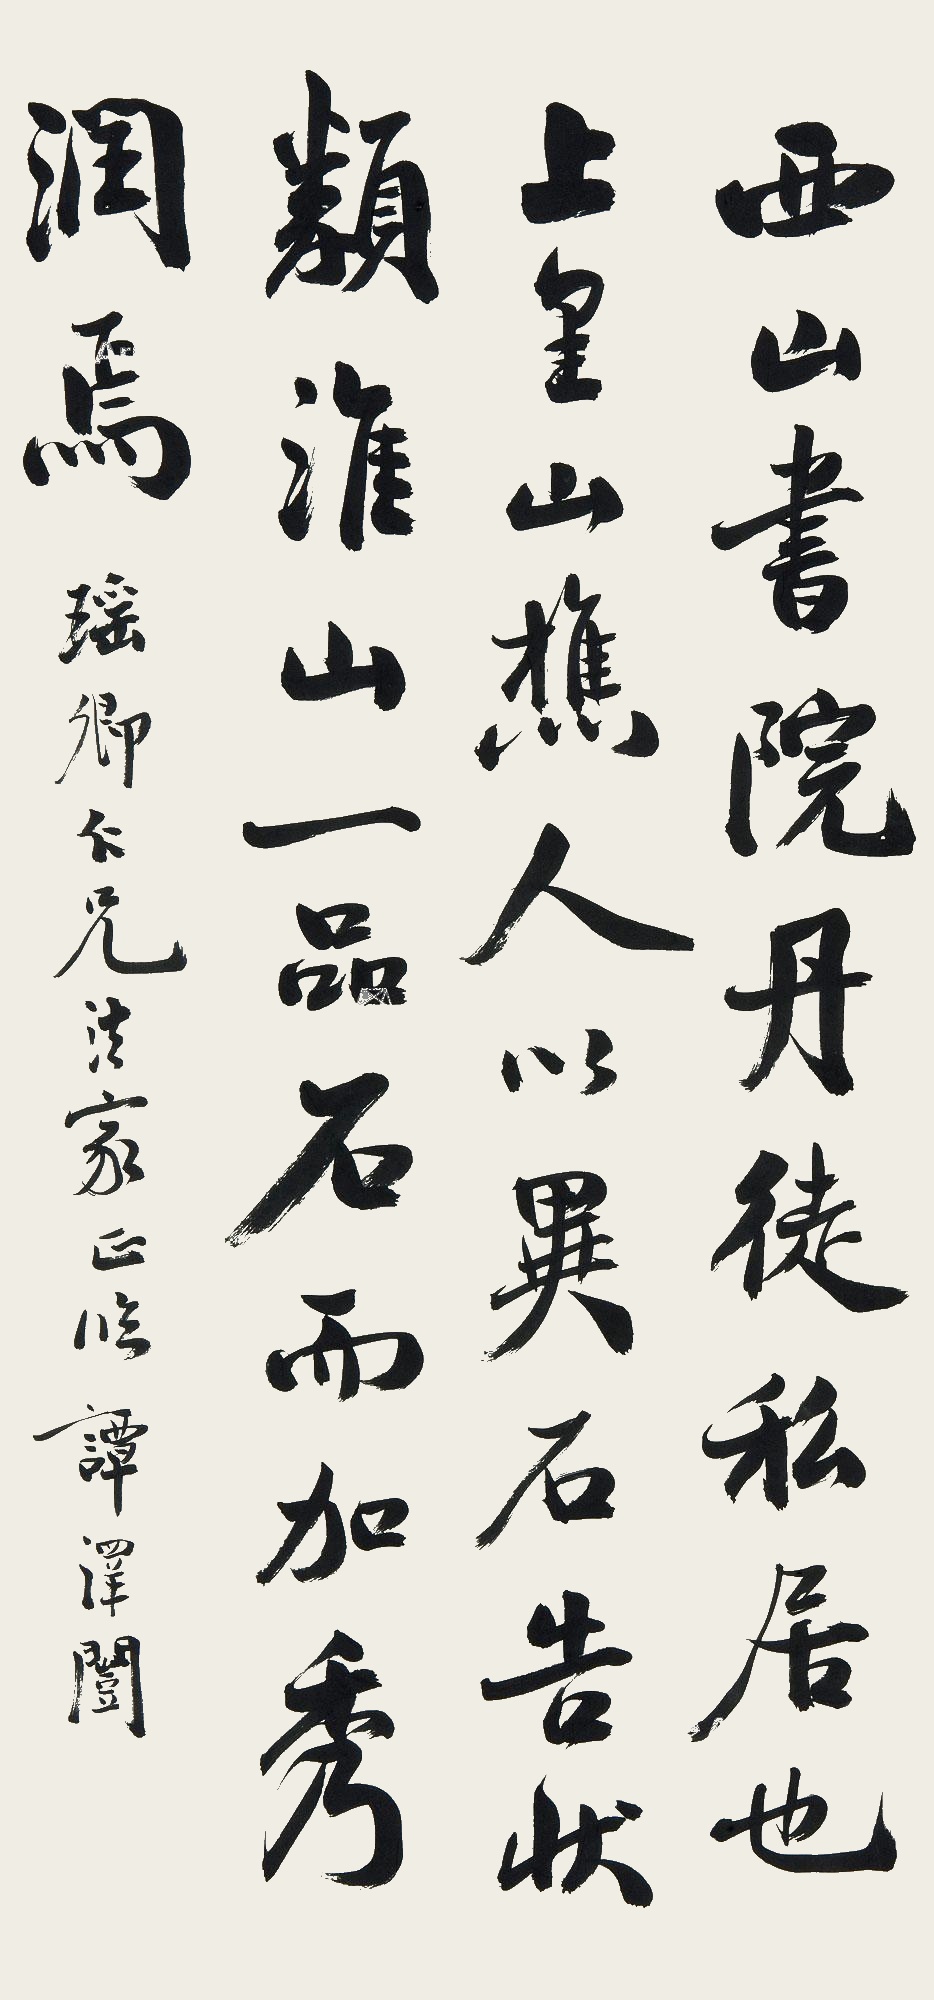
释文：西山书院丹徒私居也，上皇山樵人以异石告状，类淮山一品石而加秀润焉。瑶卿仁兄法家正临，谭泽闿。